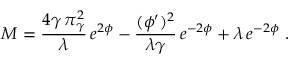
{ \cal M } = { \frac { 4 \gamma \, \pi _ { \gamma } ^ { 2 } } { \lambda } } \, e ^ { 2 \phi } - { \frac { ( \phi ^ { \prime } ) ^ { 2 } } { \lambda \gamma } } \, e ^ { - 2 \phi } + \lambda \, e ^ { - 2 \phi } ~ .